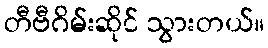
တီဗီဂိမ်းဆိုင် သွားတယ်။